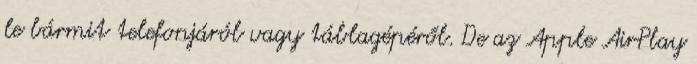
le bármit telefonjáról vagy táblagépéről. De az Apple AirPlay